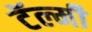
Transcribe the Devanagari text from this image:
टॅल्मी